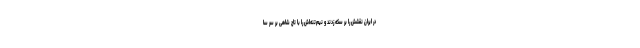
در ایران نقشش را بر سکه زدند و نیم‌تنه‌اش را با تاج شاهی بر سر سا